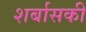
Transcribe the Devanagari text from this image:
शर्बासकी